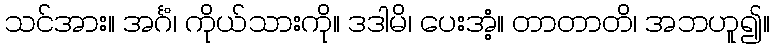
သင်အား။ အင်္ဂံ၊ ကိုယ်သားကို။ ဒဒါမိ၊ ပေးအံ့။ တာတာတိ၊ အဘဟူ၍။